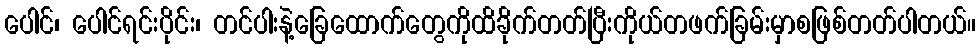
ပေါင်၊ ပေါင်ရင်းပိုင်း၊ တင်ပါးနဲ့ခြေထောက်တွေကိုထိခိုက်တတ်ပြီးကိုယ်တဖက်ခြမ်းမှာစဖြစ်တတ်ပါတယ်။